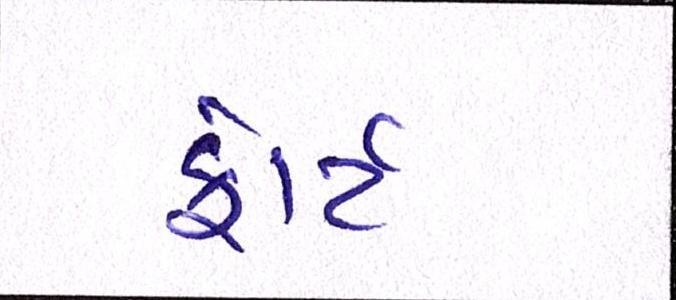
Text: ફોર્ટ